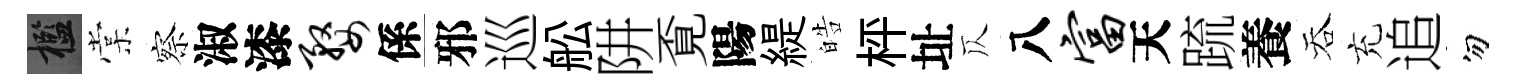
檻棠察淑漆婺係邪巡舩阱覔陽緹皓枰址仄八富天䟽養吞充追勿